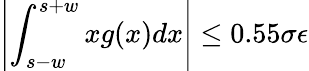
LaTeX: \left|\displaystyle\int_{s-w}^{s+w}xg(x)dx\right|\le 0.55\sigma\epsilon